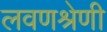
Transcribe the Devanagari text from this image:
लवणश्रेणी